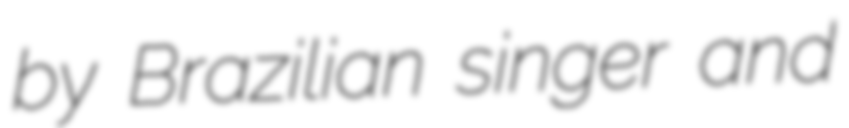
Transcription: by Brazilian singer and